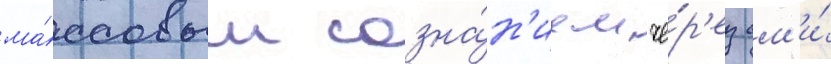
ма́ссовым созна́н'ием че́р'ез см'и́